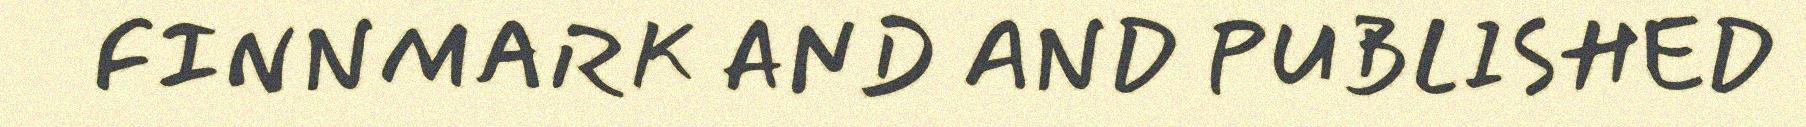
FINNMARK AND AND PUBLISHED